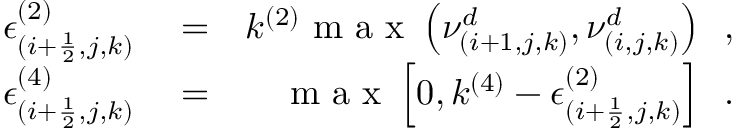
\begin{array} { r l r } { \epsilon _ { ( i + \frac { 1 } { 2 } , j , k ) } ^ { ( 2 ) } } & { { } = } & { k ^ { ( 2 ) } \mathrm { ~ m ~ a ~ x ~ } \left( \nu _ { ( i + 1 , j , k ) } ^ { d } , \nu _ { ( i , j , k ) } ^ { d } \right) \, \mathrm { ~ , ~ } } \\ { \epsilon _ { ( i + \frac { 1 } { 2 } , j , k ) } ^ { ( 4 ) } } & { { } = } & { \mathrm { ~ m ~ a ~ x ~ } \left[ 0 , k ^ { ( 4 ) } - \epsilon _ { ( i + \frac { 1 } { 2 } , j , k ) } ^ { ( 2 ) } \right] \, \mathrm { ~ . ~ } } \end{array}